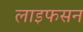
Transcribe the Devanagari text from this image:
लाइफसन